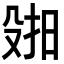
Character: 𫽑